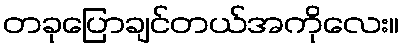
တခုပြောချင်တယ်အကိုလေး။